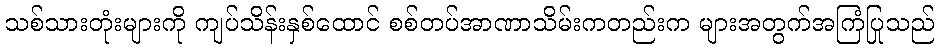
သစ်သားတုံးများကို ကျပ်သိန်းနှစ်ထောင် စစ်တပ်အာဏာသိမ်းကတည်းက များအတွက်အကြံပြုသည်